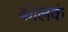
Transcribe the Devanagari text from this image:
कीलकं